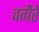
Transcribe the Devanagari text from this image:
वगैेरे